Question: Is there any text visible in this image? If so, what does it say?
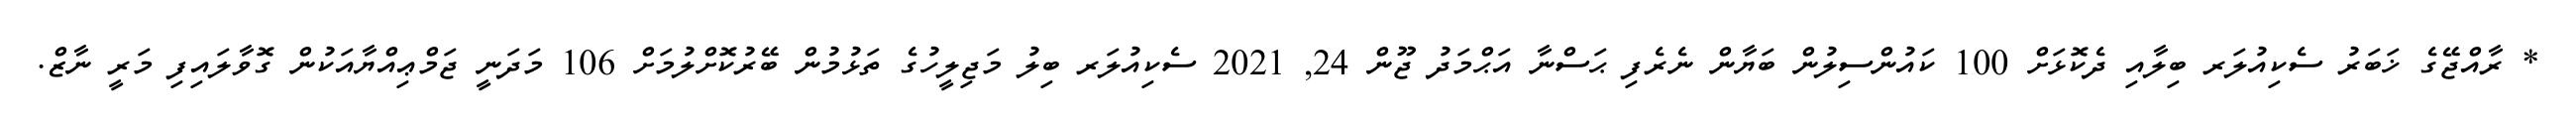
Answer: * ރާއްޖޭގެ ޚަބަރު ސެކިއުލަރ ބިލާއި ދެކޮޅަށް 100 ކައުންސިލުން ބަޔާން ނެރެފި ޙަސްނާ އަޙްމަދު ޖޫން 24, 2021 ސެކިއުލަރ ބިލު މަޖިލީހުގެ ތަޅުމުން ބޭރުކޮށްލުމަށް 106 މަދަނީ ޖަމްޢިއްޔާއަކުން ގޮވާލައިފި މަރީ ނާޒް.